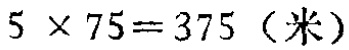
\(5\times75 = 375\)（米）